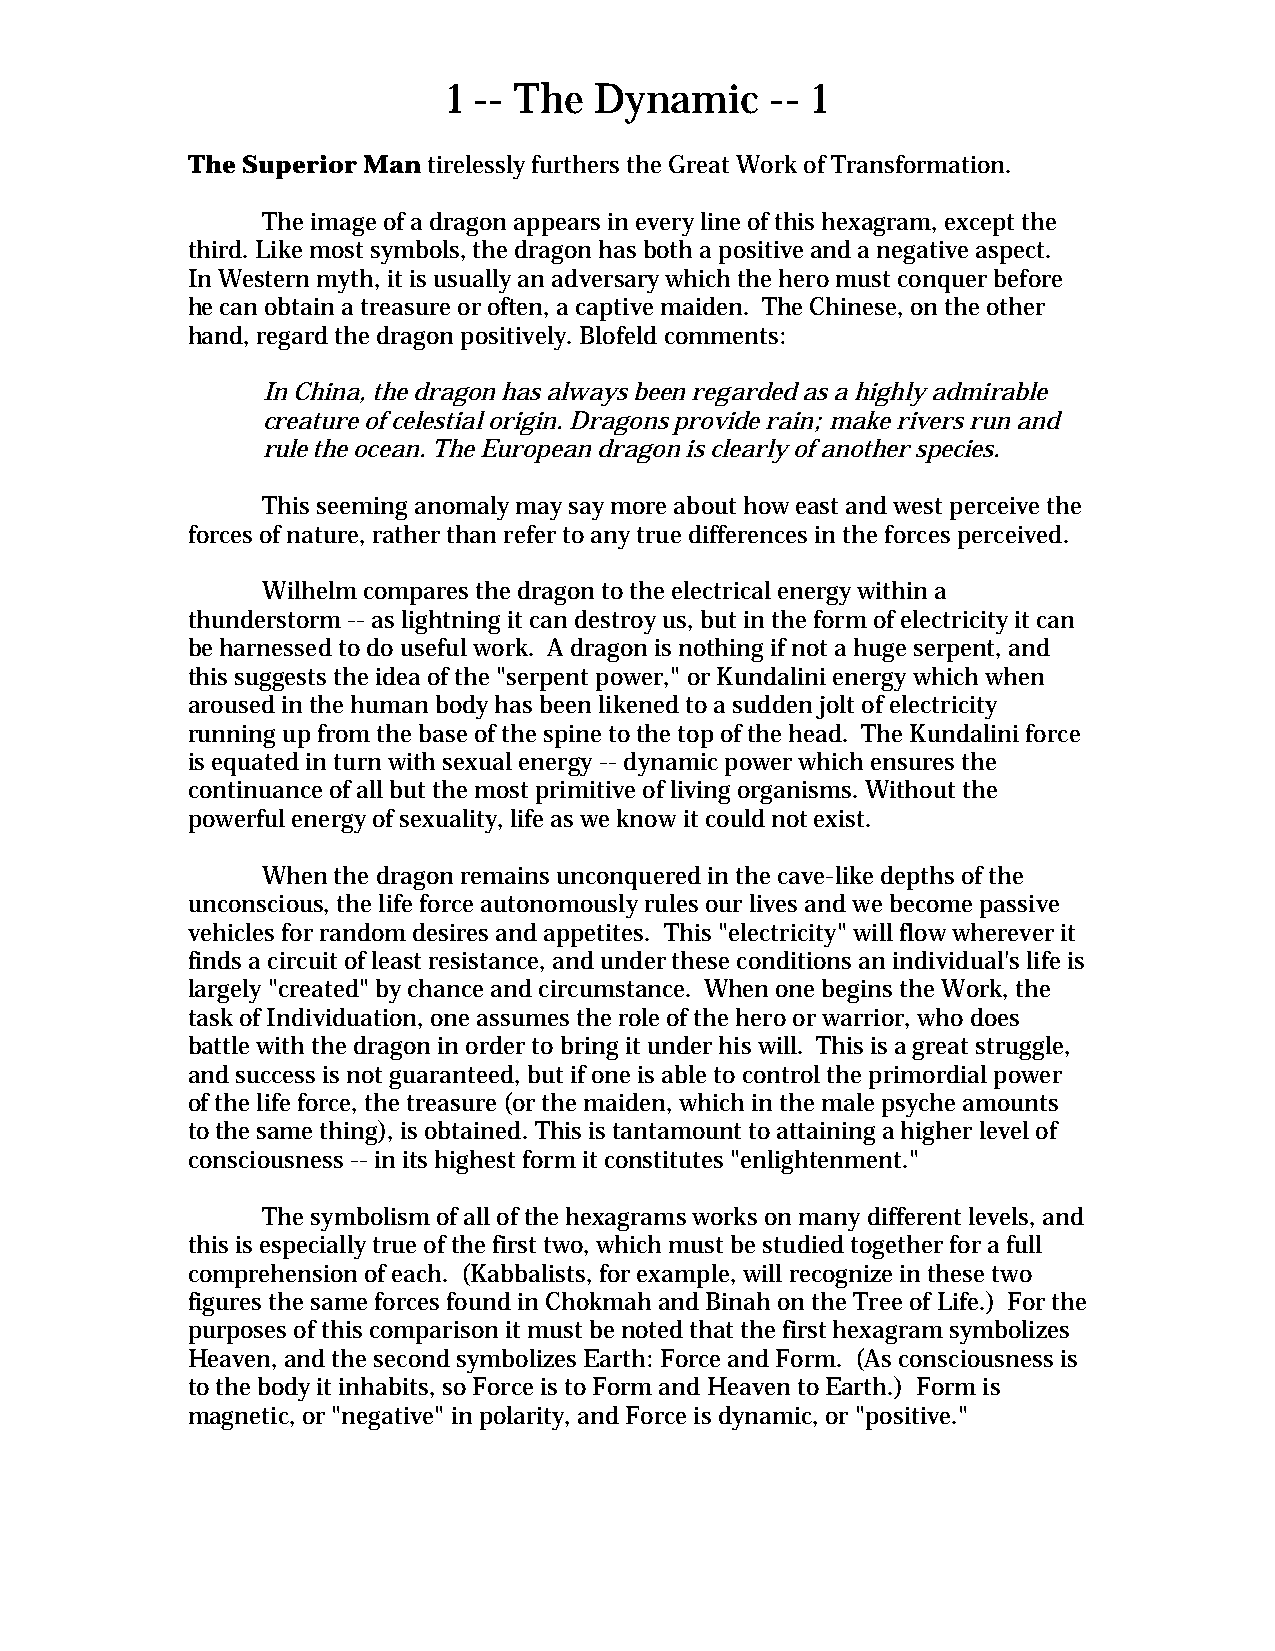
1 -- The Dynamic     -- 1
 The Superior Man tirelessly furthers the Great Work of Transformation.
 The image of a dragon appears in every line of this hexagram, except the
 third. Like most symbols, the dragon has both a positive and a negative aspect.
 In Western myth, it is usually an adversary which the hero must conquer before
 he can obtain a treasure or often, a captive maiden. The Chinese, on the other
 hand, regard the dragon positively. Blofeld comments:
 In China, the dragon has always been regarded as a highly admirable
 creature of celestial origin. Dragons provide rain; make rivers run and
 rule the ocean. The European dragon is clearly of another species.
 This seeming anomaly may say more about how east and west perceive the
 forces of nature, rather than refer to any true differences in the forces perceived.
 Wilhelm compares the dragon to the electrical energy within a
 thunderstorm -- as lightning it can destroy us, but in the form of electricity it can
 be harnessed to do useful work. A dragon is nothing if not a huge serpent, and
 this suggests the idea of the "serpent power," or Kundalini energy which when
 aroused in the human body has been likened to a sudden jolt of electricity
 running up from the base of the spine to the top of the head. The Kundalini force
 is equated in turn with sexual energy -- dynamic power which ensures the
 continuance of all but the most primitive of living organisms. Without the
 powerful energy of sexuality, life as we know it could not exist.
 When the dragon remains unconquered in the cave-like depths of the
 unconscious, the life force autonomously rules our lives and we become passive
 vehicles for random desires and appetites. This "electricity" will flow wherever it
 finds a circuit of least resistance, and under these conditions an individual's life is
 largely "created" by chance and circumstance. When one begins the Work, the
 task of Individuation, one assumes the role of the hero or warrior, who does
 battle with the dragon in order to bring it under his will. This is a great struggle,
 and success is not guaranteed, but if one is able to control the primordial power
 of the life force, the treasure (or the maiden, which in the male psyche amounts
 to the same thing), is obtained. This is tantamount to attaining a higher level of
 consciousness -- in its highest form it constitutes "enlightenment."
 The symbolism of all of the hexagrams works on many different levels, and
 this is especially true of the first two, which must be studied together for a full
 comprehension of each. (Kabbalists, for example, will recognize in these two
 figures the same forces found in Chokmah and Binah on the Tree of Life.) For the
 purposes of this comparison it must be noted that the first hexagram symbolizes
 Heaven, and the second symbolizes Earth: Force and Form. (As consciousness is
 to the body it inhabits, so Force is to Form and Heaven to Earth.) Form is
 magnetic, or "negative" in polarity, and Force is dynamic, or "positive."